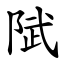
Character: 陚